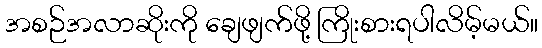
အစဉ်အလာဆိုးကို ချေဖျက်ဖို့ ကြိုးစားရပါလိမ့်မယ်။